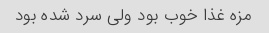
مزه غذا خوب بود ولی سرد شده بود